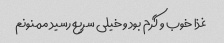
غذا خوب و گرم بود و خیلی سریع رسید ممنونم